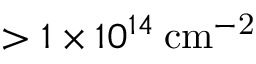
> 1 \times 1 0 ^ { 1 4 } \: \mathrm { c m ^ { - 2 } }